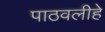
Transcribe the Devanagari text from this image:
पाठवलीहे